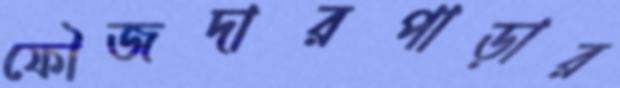
ফৌজদারপাড়ার